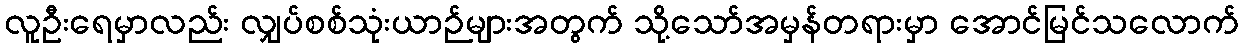
လူဦးရေမှာလည်း လျှပ်စစ်သုံးယာဉ်များအတွက် သို့သော်အမှန်တရားမှာ အောင်မြင်သလောက်